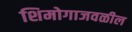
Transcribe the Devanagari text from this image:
शिमोगाजवळील